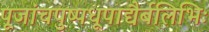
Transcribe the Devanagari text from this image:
पूजांचपुष्पधूपाद्यैर्बलिभिः